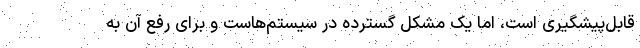
قابل‌پیشگیری است، اما یک مشکل گسترده در سیستم‌هاست و برای رفع آن به